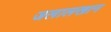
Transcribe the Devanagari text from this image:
जलालखान